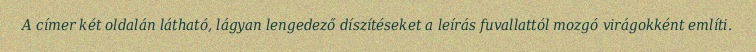
A címer két oldalán látható, lágyan lengedező díszítéseket a leírás fuvallattól mozgó virágokként említi.